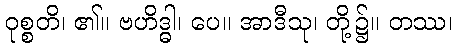
ဝုစ္စတိ၊ ၏။ ဗဟိဒ္ဓါ၊ ပေ။ အာဒီသု၊ တို့၌။ တဿ၊